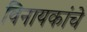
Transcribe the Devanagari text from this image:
विनायकांचे